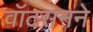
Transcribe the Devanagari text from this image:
वॉटसनने